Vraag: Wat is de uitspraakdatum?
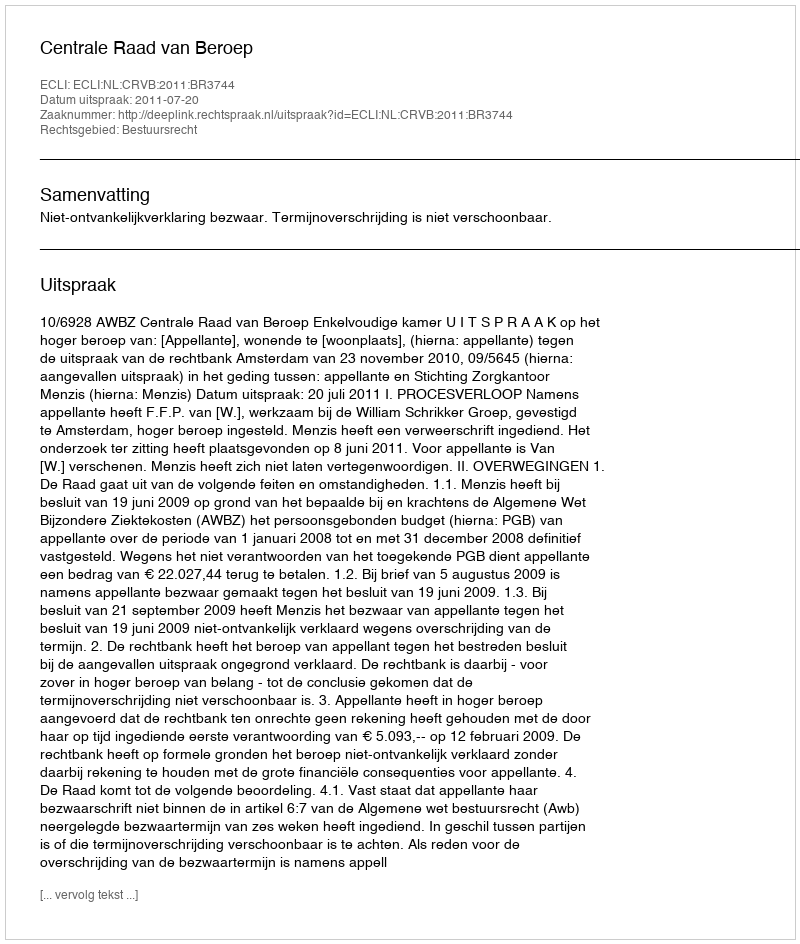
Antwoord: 2011-07-20